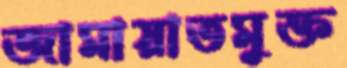
জামায়াতমুক্ত